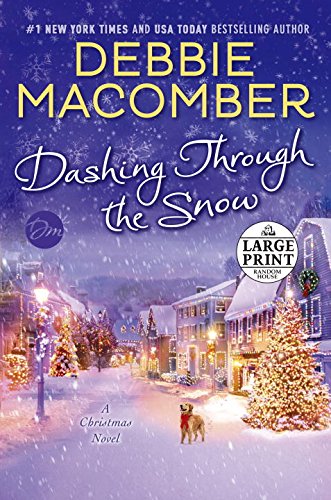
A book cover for Dashing Through the Snow: A Christmas Novel (Random House Large Print); Debbie Macomber; Literature & Fiction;